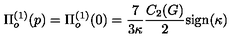
\Pi _ { o } ^ { ( 1 ) } ( p ) = \Pi _ { o } ^ { ( 1 ) } ( 0 ) = \frac { 7 } { 3 \kappa } \frac { C _ { 2 } ( G ) } { 2 } \mathrm { s i g n } ( \kappa )